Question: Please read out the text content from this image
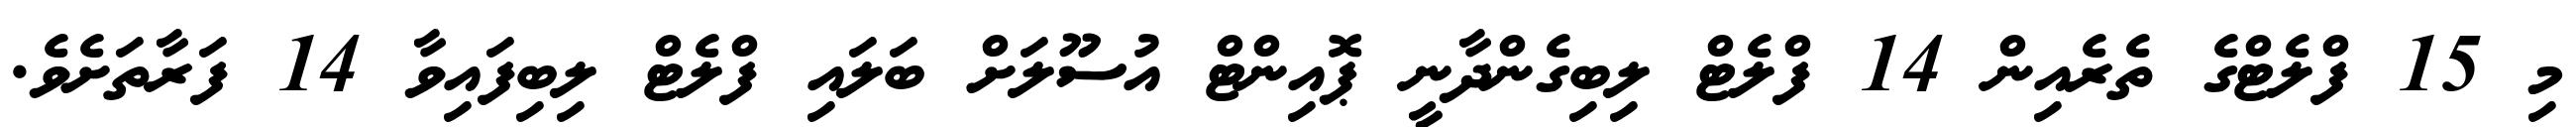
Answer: މި 15 ފްލެޓްގެ ތެރެއިން 14 ފްލެޓް ލިބިގެންދާނީ ޕޮއިންޓް އުސޫލަށް ބަލައި ފްލެޓް ލިބިފައިވާ 14 ފަރާތަށެވެ.